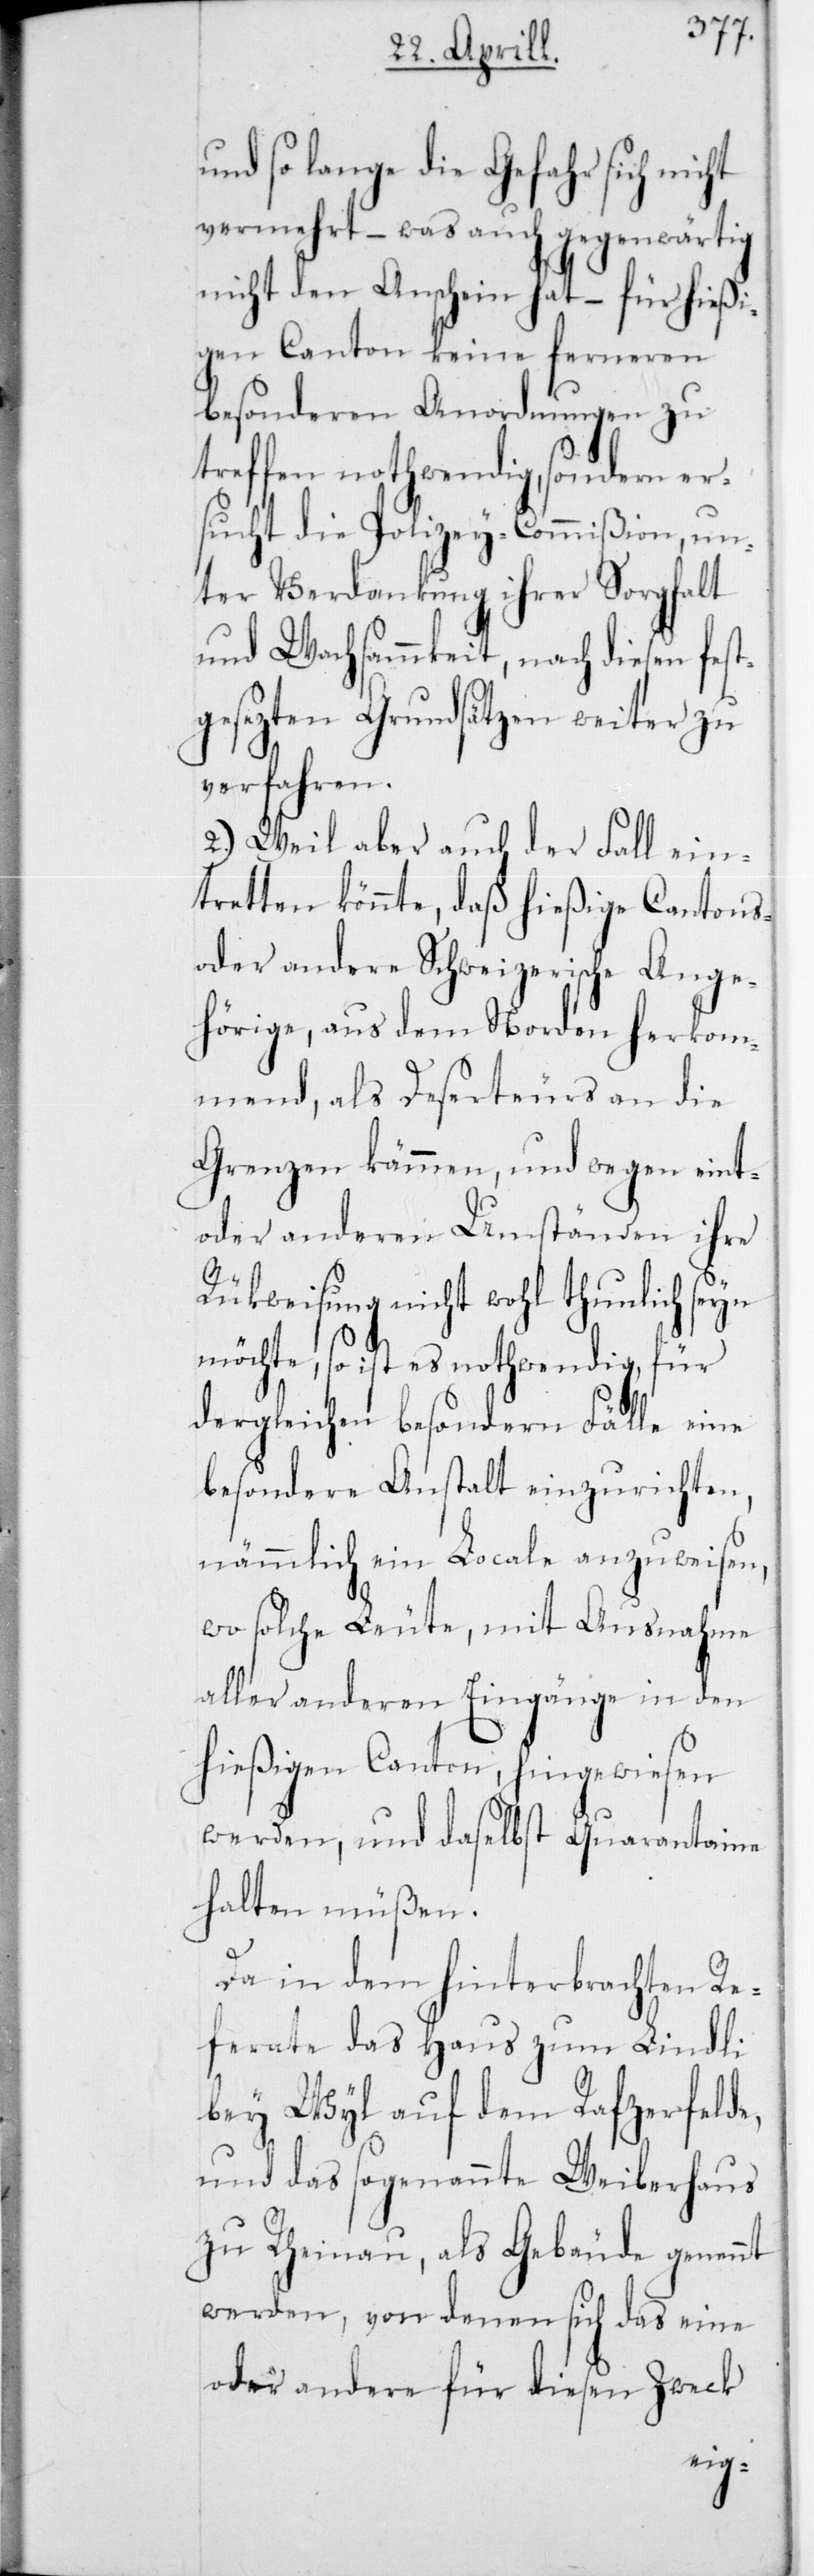
und so lange die Gefahr sich nicht
vermehrt – was auch gegenwärtig
nicht den Anschein hat, – für hießi¬
gen Canton keine ferneren
besonderen Anordnungen zu
treffen nothwendig, sondern er¬
sucht die Polizey-Commißion, un¬
ter Verdankung ihrer Sorgfalt
und Wachsammkeit, nach diesen fest¬
gesezten Grundsätzen weiter zu
verfahren.
2.) Weil aber auch der Fall ein¬
tretten könnte, daß hießige Cantons-
oder andere Schweizerische Ange¬
hörige, aus dem Norden herkom¬
mend, als Deserteurs an die
Grenzen kämmen, und wegen eint-
oder anderen Umständen ihre
Rükweisung nicht wohl thunlich seyn
möchte, so ist es nothwendig, für
dergleichen besondern Fälle eine
besondere Anstalt einzurichten,
nämmlich ein Locale anzuweisen,
wo solche Leute, mit Ausnahme
aller anderen Eingänge in den
hießigen Canton, hingewiesen
werden, und daselbst Quarantaine
halten müßen.
Da in dem hinterbrachten Re¬
ferate das Haus zum Lindli
bey Wyl auf dem Rafzerfelde,
und das so genannte Weiberhaus
zu Rheinau, als Gebäude genannt
werden, von denen sich das eine
oder andere für diesen Zweck